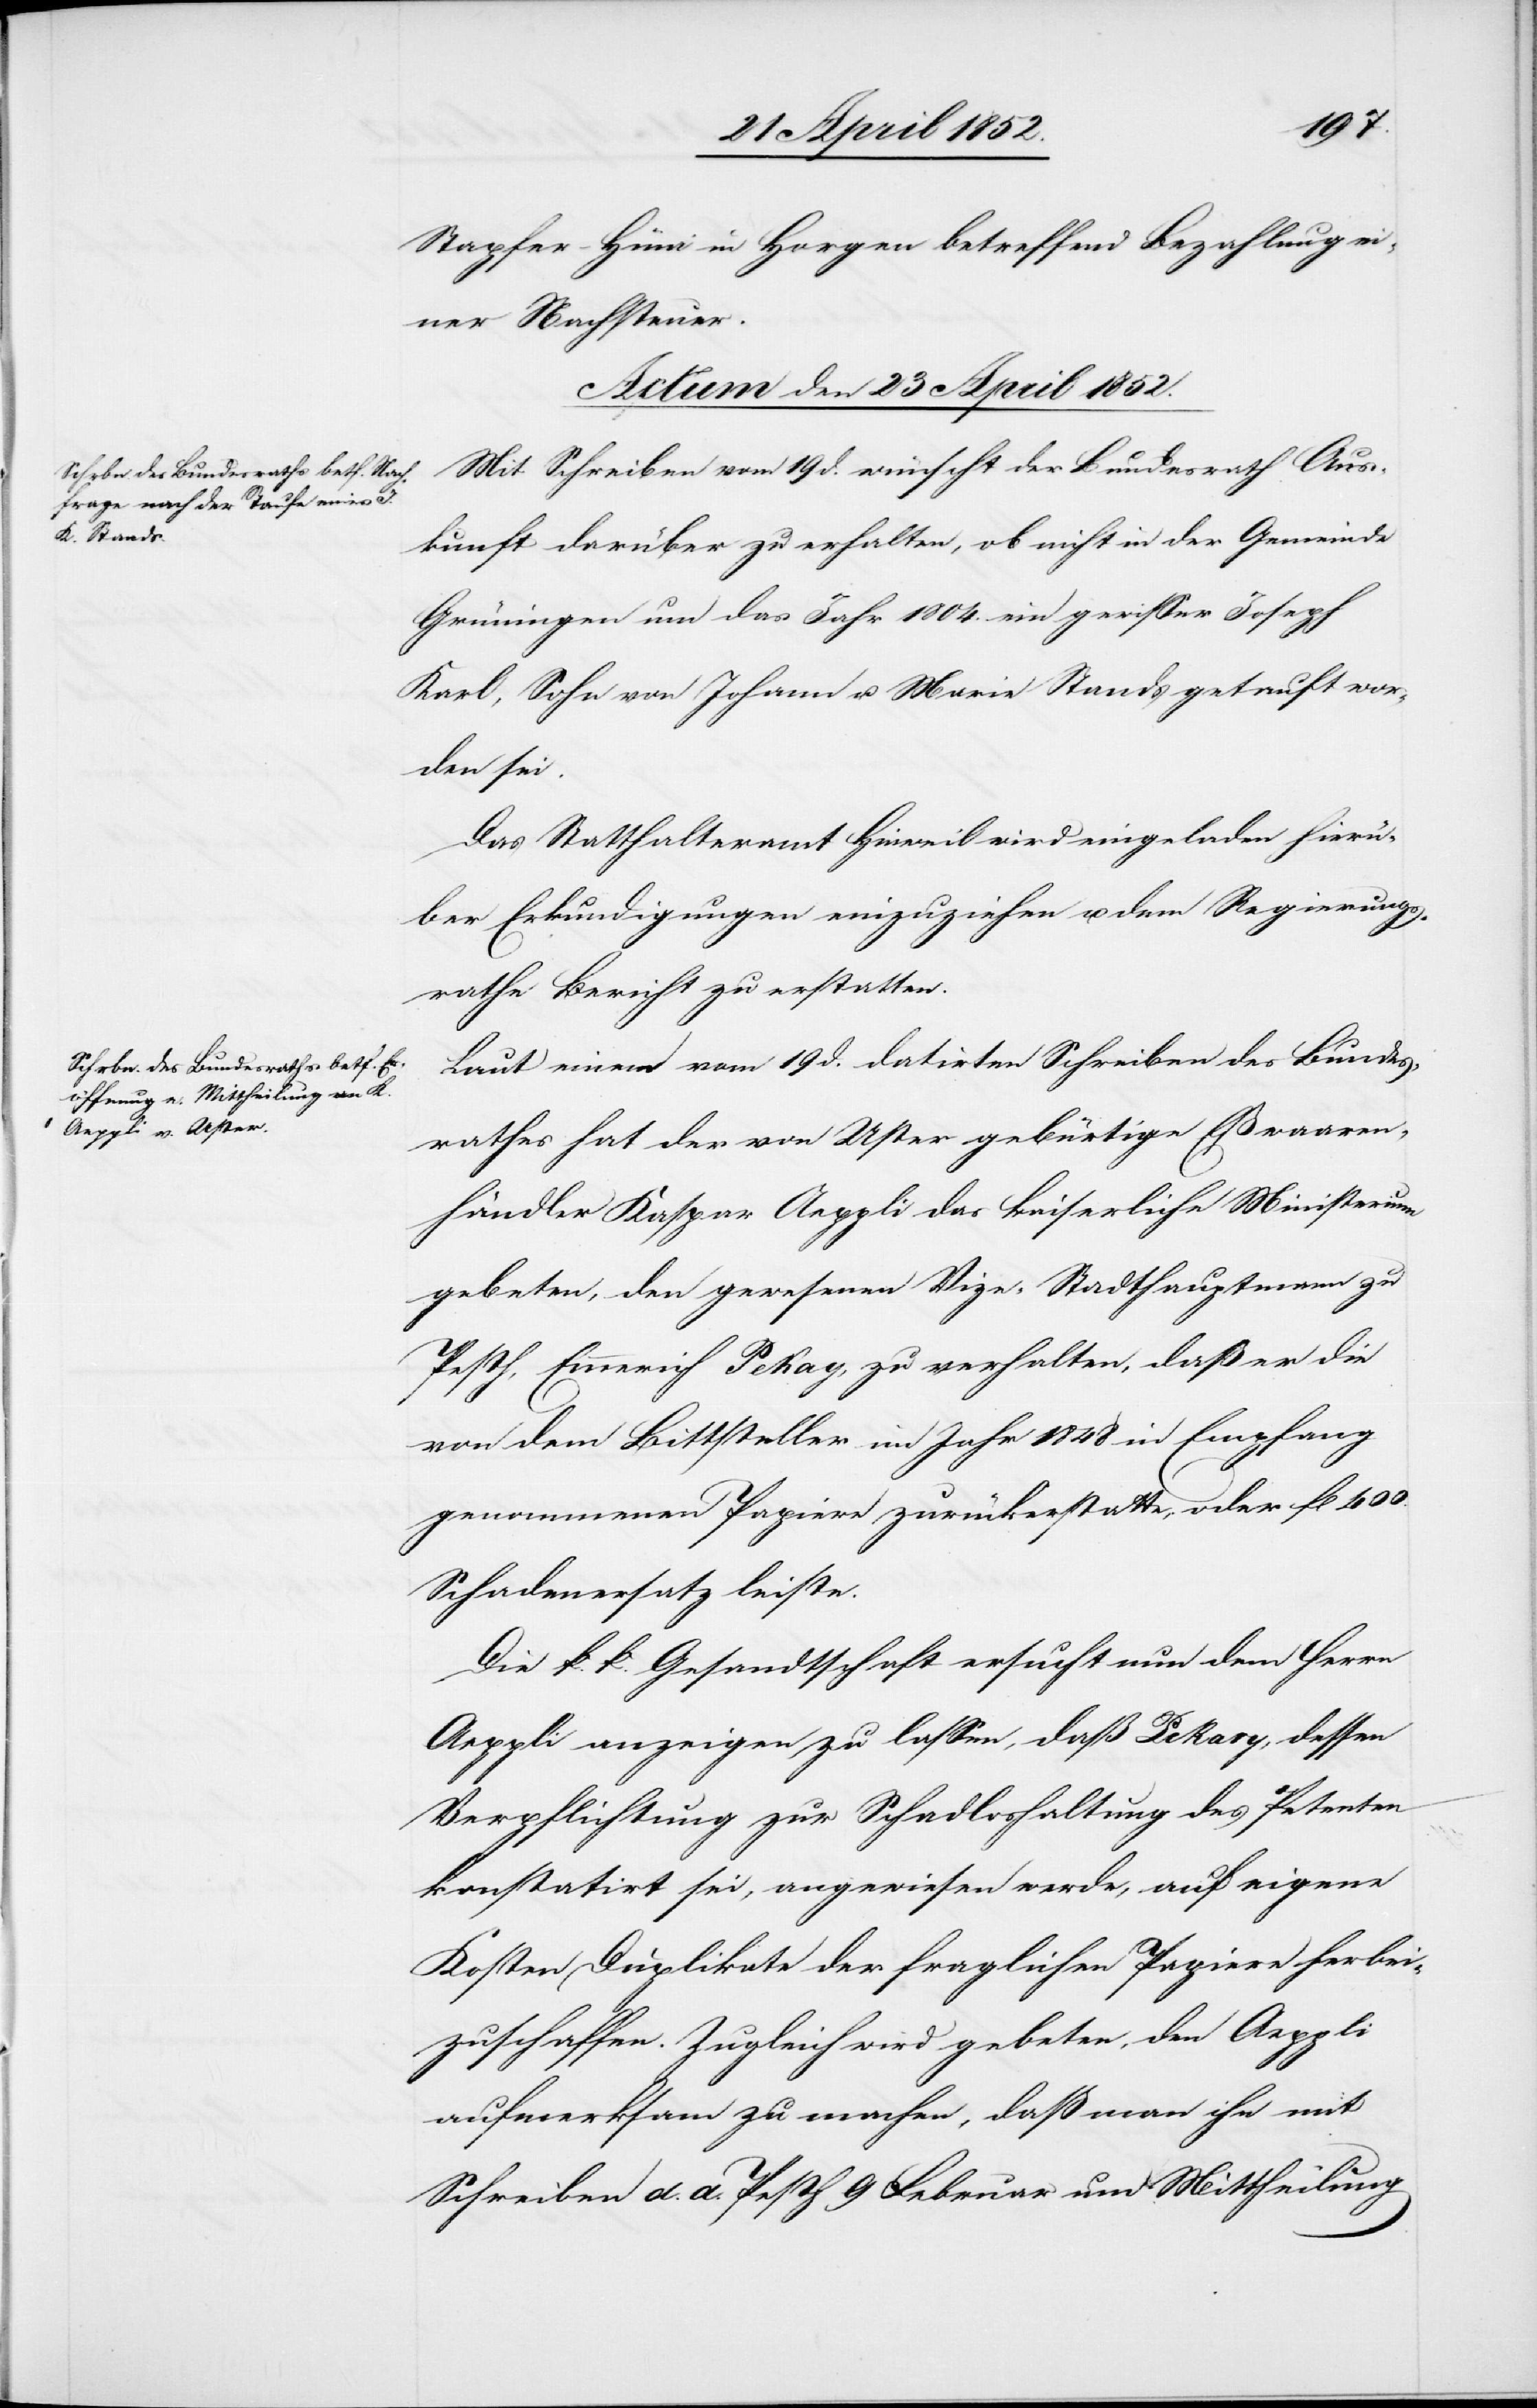
Stapfer-Hüni in Horgen betreffend Bezahlung ei¬
ner Nachsteuer.
Actum den 23 April 1852.]
Mit Schreiben vom 19 d. wünscht der Bundesrath Aus¬
kunft darüber zu erhalten, ob nicht in der Gemeinde
Grüningen um das Jahr 1804. ein gewisser Joseph
Karl, Sohn von Johann u. Marie Stands getauft wor¬
den sei.
Das Statthalteramt Hinweil wird eingeladen hierü¬
ber Erkundigungen einzuziehen u. dem Regierungs¬
rathe Bericht zu erstatten.
Laut einem vom 19 d. datirten Schreiben des Bundes¬
rathes hat der von Uster gebürtige Eßwaaren¬
händler Kaspar Aeppli das kaiserliche Ministerium
gebeten, den gewesenen Vize-Stadthauptmann zu
Pesth, Emmerich Pekay, zu verhalten, daß er die
von dem Bittsteller im Jahr 1848 in Empfang
genommenen Papiere zurückerstatte, oder fl 400.
Schadenersatz leiste.
Die k. k. Gesandtschaft ersucht nun dem Herrn
Aeppli anzeigen zu lassen, daß Pekary [sic!], dessen
Verpflichtung zur Schadloshaltung des Petenten
konstatirt sei, angewiesen werde, auf eigene
Kosten Duplikate der fraglichen Papiere herbei¬
zuschaffen. Zugleich wird gebeten, den Aeppli
aufmerksam zu machen, daß man ihn mit
Schreiben d. d. Pesth 9 Februar um Mittheilung